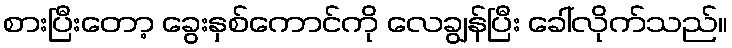
စားပြီးတော့ ခွေးနှစ်ကောင်ကို လေချွန်ပြီး ခေါ်လိုက်သည်။